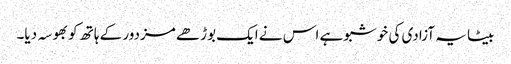
بیٹا یہ آزادی کی خوشبو ہے اس نے ایک بوڑھے مزدور کے ہاتھ کو بھوسہ دیا۔